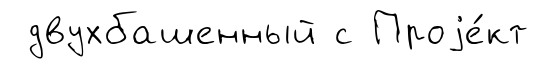
двухбашенный с Проjе́кт